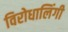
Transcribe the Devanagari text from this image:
विरोधालिंगी